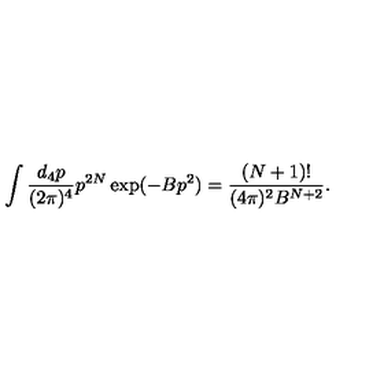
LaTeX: \int \frac { d _ { 4 } p } { ( 2 \pi ) ^ { 4 } } p ^ { 2 N } \exp ( - B p ^ { 2 } ) = \frac { ( N + 1 ) ! } { ( 4 \pi ) ^ { 2 } B ^ { N + 2 } } .